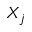
X _ { j }